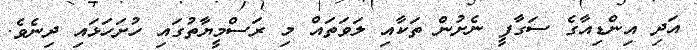
އަދި އިންޑިއާގެ ސަގާފީ ނެށުން ތަކާއި ލަވަތައް މި ރަސްމީޔާތުގައި ހުށަހަޅައި ދިނެވެ.